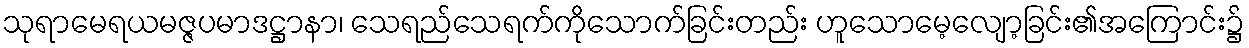
သုရာမေရယမဇ္ဇပမာဒဋ္ဌာနာ၊ သေရည်သေရက်ကိုသောက်ခြင်းတည်း ဟူသောမေ့လျော့ခြင်း၏အကြောင်း၌